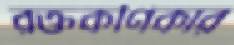
রক্তকণিকার